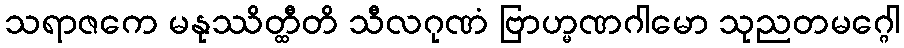
သရာဇကေ မနုဿိတ္ထီတိ သီလဂုဏံ ဗြာဟ္မဏဂါမော သုညတမဂ္ဂေါ